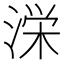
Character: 𭱚